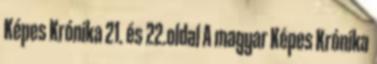
Képes Krónika 21. és 22.oldal A magyar Képes Krónika